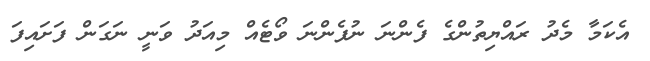
އެކަމާ މެދު ރައްޔިތުންގެ ފެންނަ ނުފެންނަ ވޯޓެއް މިއަދު ވަނީ ނަގަން ފަށައިފަ